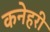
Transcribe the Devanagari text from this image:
कनेहरी